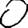
Digit: 0